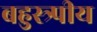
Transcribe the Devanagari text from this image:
बहुस्त्र्पीय